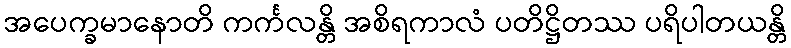
အပေက္ခမာနောတိ ကင်္ကလန္တိ အစိရကာလံ ပတိဋ္ဌိတဿ ပရိပါတယန္တိ